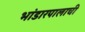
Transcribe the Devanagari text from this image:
भांडारपालाची